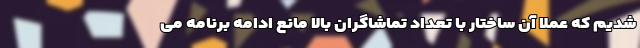
شدیم که عملا آن ساختار با تعداد تماشاگران بالا مانع ادامه برنامه می